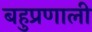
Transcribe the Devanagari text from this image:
बहुप्रणाली